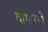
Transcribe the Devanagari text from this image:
बागमरी